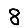
Digit: 8